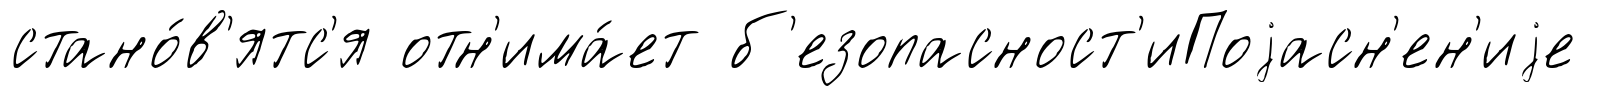
стано́в'ятс'я отн'има́ет б'езопасност'иПоjасн'ен'иjе